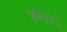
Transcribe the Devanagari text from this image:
उलिहातू